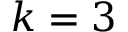
k = 3